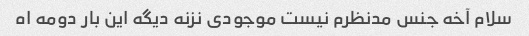
سلام آخه جنس مدنظرم نیست موجودی نزنه دیگه این بار دومه اه